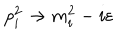
p _ { i } ^ { 2 } \rightarrow m _ { i } ^ { 2 } - i \varepsilon